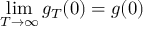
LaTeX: \operatorname* { l i m } _ { T \to \infty } g _ { T } ( 0 ) = g ( 0 )